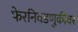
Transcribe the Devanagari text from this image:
फेरनिवडणुकीवर